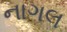
નાગલ